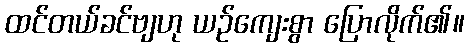
ထင်တယ်ခင်ဗျဟု ယဉ်ကျေးစွာ ပြောလိုက်၏။